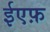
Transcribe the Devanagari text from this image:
ईएफ़